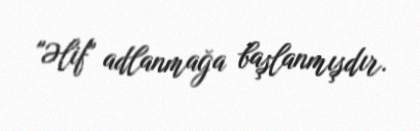
"Əlif" adlanmağa başlanmışdır.